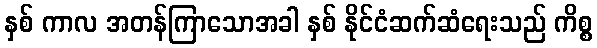
နှစ် ကာလ အတန်ကြာသောအခါ နှစ် နိုင်ငံဆက်ဆံရေးသည် ကိစ္စ